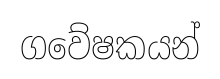
ගවේෂකයන්